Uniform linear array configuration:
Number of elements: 24
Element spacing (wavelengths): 1
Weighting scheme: kaiser
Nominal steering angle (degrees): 15
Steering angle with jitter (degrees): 13.861
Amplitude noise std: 0.05
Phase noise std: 0.05

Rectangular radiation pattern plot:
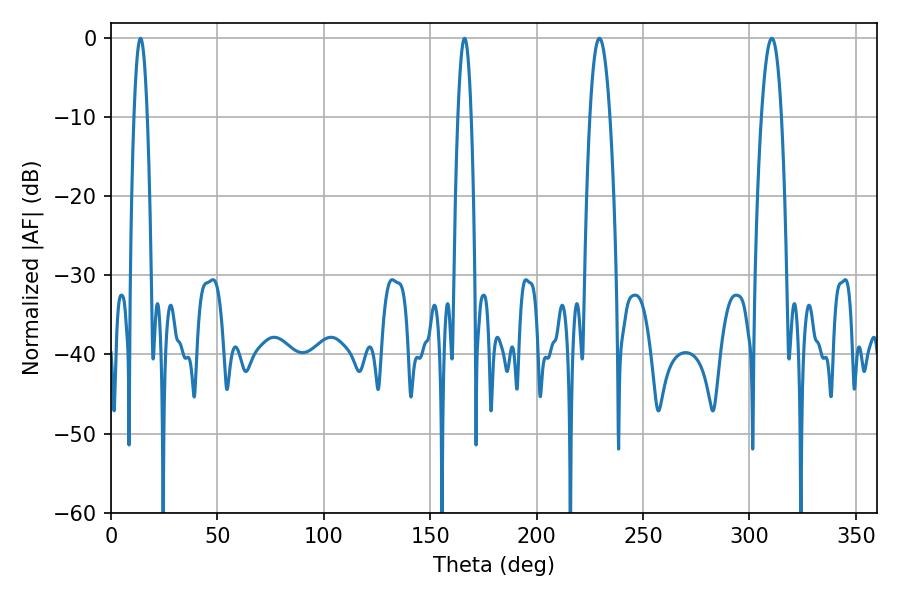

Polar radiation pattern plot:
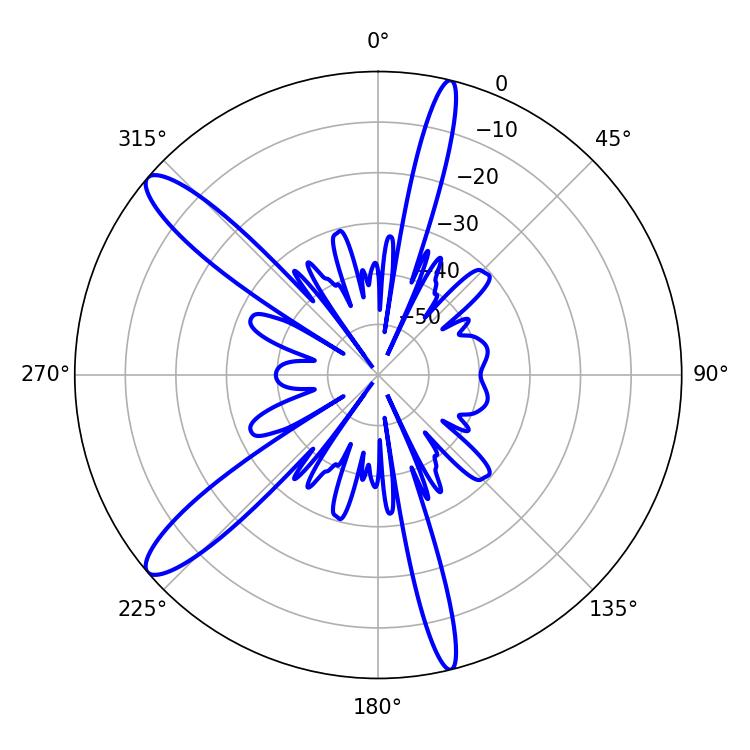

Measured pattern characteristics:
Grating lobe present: TRUE
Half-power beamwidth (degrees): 5.22
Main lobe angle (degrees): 310.5